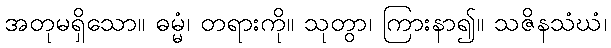
အတုမရှိသော။ ဓမ္မံ၊ တရားကို။ သုတွာ၊ ကြားနာ၍။ သဇိနသံဃံ၊